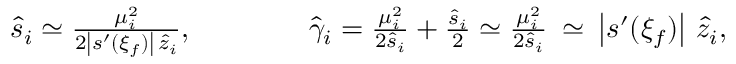
\begin{array} { r } { \hat { s } _ { i } \simeq \frac { \mu _ { i } ^ { 2 } } { 2 \left| s ^ { \prime } ( \xi _ { f } ) \right| \, \hat { z } _ { i } } , \qquad \qquad \hat { \gamma } _ { i } = \frac { \mu _ { i } ^ { 2 } } { 2 \hat { s } _ { i } } + \frac { \hat { s } _ { i } } 2 \simeq \frac { \mu _ { i } ^ { 2 } } { 2 \hat { s } _ { i } } \: \simeq \: \left| s ^ { \prime } ( \xi _ { f } ) \right| \, \hat { z } _ { i } , } \end{array}